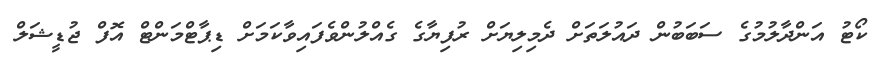
ކޯޓު އަންދާލުމުގެ ސަބަބުން ދައުލަތަށް ދެމިލިޔަށް ރުފިޔާގެ ގެއްލުންވެފައިވާކަމަށް ޑިޕާޓްމަންޓް އޮފް ޖުޑީޝަލް